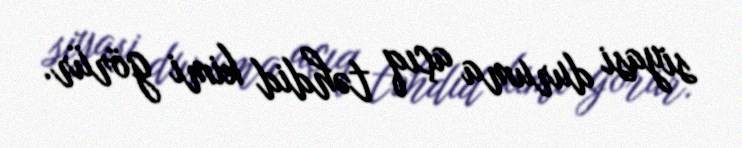
siyasi duruma açıq təhdid kimi görür.